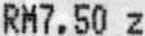
RM7.50 Z